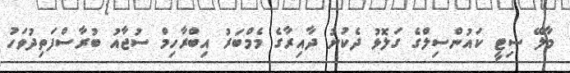
މާލޭ ސިޓީ ކައުންސިލްގެ ގަލޮޅު ދެކުނު ދާއިރާގެ މެމްބަރު އިބްރާހިމް ސުޖާއު ބުރާސްފަތިދުވަހު